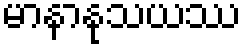
မာနာနုသယဿ